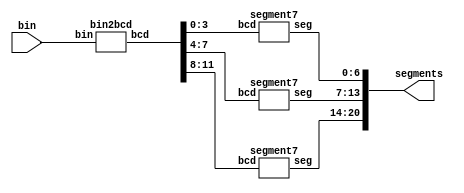
module seven_segments(bin,segments);
	input [7:0] bin;
	output [20:0] segments;
	wire [11:0]bcd_out;
	bin2bcd dec(.bin(bin),.bcd(bcd_out));
	segment7 s1(.bcd(bcd_out[3:0]),.seg(segments[6:0]));
	segment7 s2(.bcd(bcd_out[7:4]),.seg(segments[13:7]));
	segment7 s3(.bcd(bcd_out[11:8]),.seg(segments[20:14]));
endmodule


module segment7(
     bcd,
     seg
    );
     
     //Declare inputs,outputs and internal variables.
     input [3:0] bcd;
     output [6:0] seg;
     reg [6:0] seg;
//always block for converting bcd digit into 7 segment format
    always @(bcd)
    begin
        case (bcd) //case statement
            0 : seg = 7'b0000001;
            1 : seg = 7'b1001111;
            2 : seg = 7'b0010010;
            3 : seg = 7'b0000110;
            4 : seg = 7'b1001100;
            5 : seg = 7'b0100100;
            6 : seg = 7'b0100000;
            7 : seg = 7'b0001111;
            8 : seg = 7'b0000000;
            9 : seg = 7'b0000100;
            //switch off 7 segment character when the bcd digit is not a decimal number.
            default : seg = 7'b1111111; 
        endcase
        //seg=~seg;

    end   
endmodule


module bin2bcd(
    bin,
     bcd
    );  
    //input ports and their sizes
    input [7:0] bin;
    //output ports and, their size
    output [11:0] bcd;
    //Internal variables
    reg [11 : 0] bcd; 
     reg [3:0] i;   
     
     //Always block - implement the Double Dabble algorithm
     always @(bin)
        begin
            bcd = 0; //initialize bcd to zero.
            for (i = 0; i < 8; i = i+1) //run for 8 iterations
            begin
                bcd = {bcd[10:0],bin[7-i]}; //concatenation
                    
                //if a hex digit of 'bcd' is more than 4, add 3 to it.  
                if(i < 7 && bcd[3:0] > 4) 
                    bcd[3:0] = bcd[3:0] + 3;
                if(i < 7 && bcd[7:4] > 4)
                    bcd[7:4] = bcd[7:4] + 3;
                if(i < 7 && bcd[11:8] > 4)
                    bcd[11:8] = bcd[11:8] + 3;  
            end
        end                   
endmodule